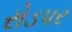
રોડપર